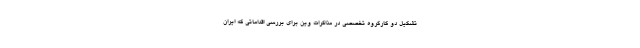
تشکیل دو کارگروه تخصصی در مذاکرات وین برای بررسی اقداماتی که ایران